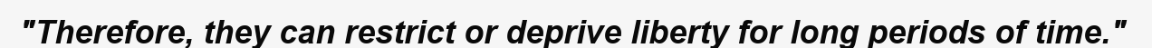
"Therefore, they can restrict or deprive liberty for long periods of time."